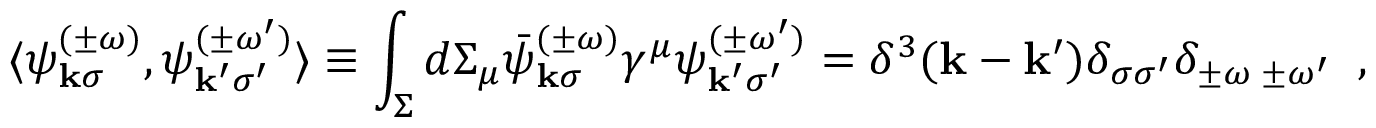
\langle \psi _ { { \bf k } \sigma } ^ { ( \pm \omega ) } , \psi _ { { \bf k } ^ { \prime } \sigma ^ { \prime } } ^ { ( \pm \omega ^ { \prime } ) } \rangle \equiv \int _ { \Sigma } d \Sigma _ { \mu } \bar { \psi } _ { { \bf k } \sigma } ^ { ( \pm \omega ) } \gamma ^ { \mu } \psi _ { { \bf k } ^ { \prime } \sigma ^ { \prime } } ^ { ( \pm \omega ^ { \prime } ) } = \delta ^ { 3 } ( { \bf k } - { \bf k } ^ { \prime } ) \delta _ { \sigma \sigma ^ { \prime } } \delta _ { \pm \omega \; \pm \omega ^ { \prime } } \; \; ,